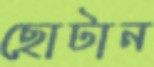
ছোটান